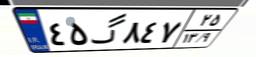
۴۵گ۸۴۷۲۵